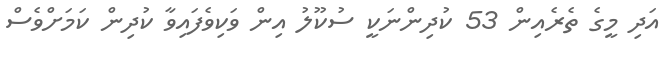
އަދި މީގެ ތެރެއިން 53 ކުދިންނަކީ ސުކޫލު އިން ވަކިވެފައިވާ ކުދިން ކަމަށްވެސް